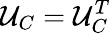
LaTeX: \mathcal{U}_{C}=\mathcal{U}_{C}^{T}